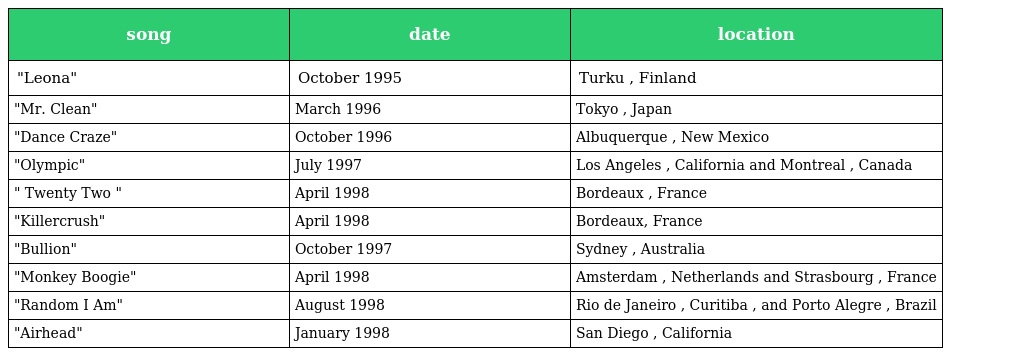
| song | date | location |
 | --- | --- | --- |
 | "Leona" | October 1995 | Turku , Finland |
 | "Mr. Clean" | March 1996 | Tokyo , Japan |
 | "Dance Craze" | October 1996 | Albuquerque , New Mexico |
 | "Olympic" | July 1997 | Los Angeles , California and Montreal , Canada |
 | " Twenty Two " | April 1998 | Bordeaux , France |
 | "Killercrush" | April 1998 | Bordeaux, France |
 | "Bullion" | October 1997 | Sydney , Australia |
 | "Monkey Boogie" | April 1998 | Amsterdam , Netherlands and Strasbourg , France |
 | "Random I Am" | August 1998 | Rio de Janeiro , Curitiba , and Porto Alegre , Brazil |
 | "Airhead" | January 1998 | San Diego , California |